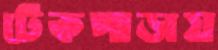
টেকপাড়ায়